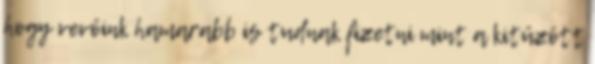
hogy vevőink hamarabb is tudnak fizetni mint a kitűzött